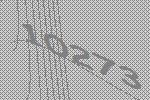
10273